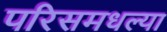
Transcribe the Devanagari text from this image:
परिसमधल्या